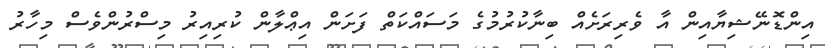
އިންޑޮނޭޝިޔާއިން އާ ވެރިރަށެއް ބިނާކުރުމުގެ މަސައްކަތް ފަށަން އިޢްލާން ކުރިއިރު މިސްރުންވެސް މިހާރު